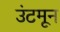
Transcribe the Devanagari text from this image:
उंटमून